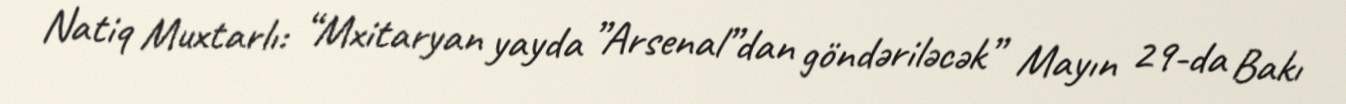
Natiq Muxtarlı: “Mxitaryan yayda ”Arsenal”dan göndəriləcək” Mayın 29-da Bakı